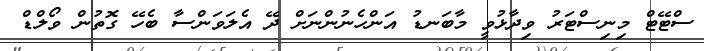
ސްޓޭޓް މިނިސްޓަރު ވިދާޅުވީ މާބަނޑު އަންހެނުންނަށް ދޭ އެލަވަންސާ ބެހޭ ގޮތުން ވޯލްޑް